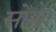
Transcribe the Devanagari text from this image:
सोमः